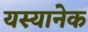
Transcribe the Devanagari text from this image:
यस्यानेक